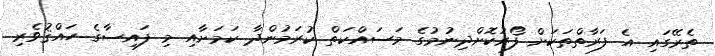
ތެރޭގައި އެ ފަރާތްތަކަށް ފޯރުކޮށްދިނުމުގެ މަސައްކަތް ކުރަމުންދާ ކަމަށާއި މި ފައިސާގެ ހައްޤުވެރި